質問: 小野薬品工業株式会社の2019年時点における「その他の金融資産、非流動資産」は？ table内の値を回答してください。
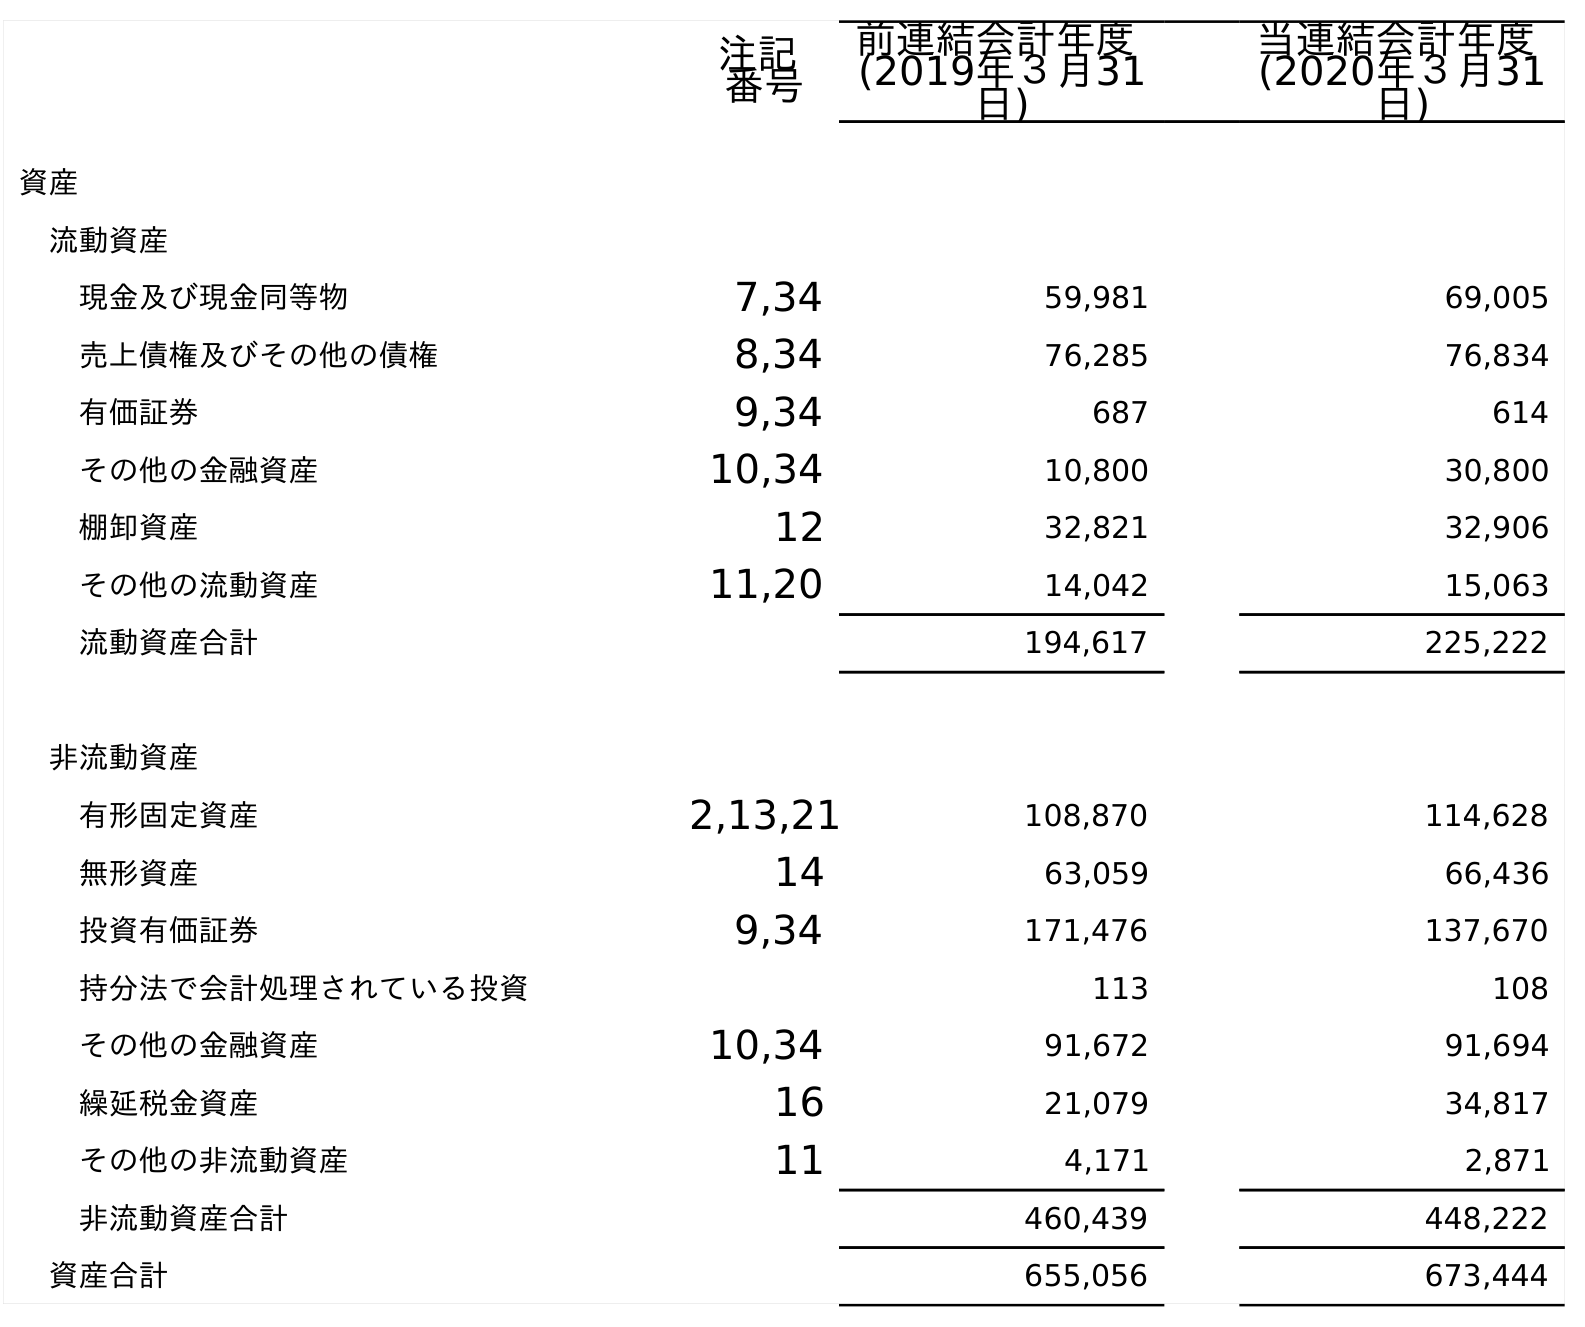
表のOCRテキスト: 注記 番号 前連結会計年度 (2019年３月31 日) 当連結会計年度 (2020年３月31 日) 資産 流動資産 現金及び現金同等物 7,34 59,981 69,005 売上債権及びその他の債権 8,34 76,285 76,834 有価証券 9,34 687 614 その他の金融資産 10,34 10,800 30,800 棚卸資産 12 32,821 32,906 その他の流動資産 11,20 14,042 15,063 流動資産合計 194,617 225,222 非流動資産 有形固定資産 2,13,21 108,870 114,628 無形資産 14 63,059 66,436 投資有価証券 9,34 171,476 137,670 持分法で会計処理されている投資 113 108 その他の金融資産 10,34 91,672 91,694 繰延税金資産 16 21,079 34,817 その他の非流動資産 11 4,171 2,871 非流動資産合計 460,439 448,222 資産合計 655,056 673,444
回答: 91,672